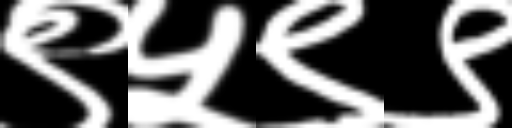
Text: ९५९९